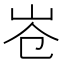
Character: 𮱤